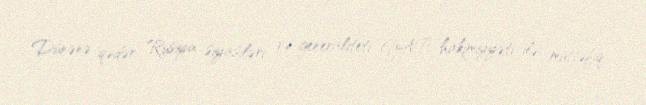
Dünənə qədər Rusiya siyasiləri və generaliteti YAP hakimiyyəti ilə müttəfiq